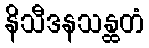
နိသီဒနသန္ထတံ